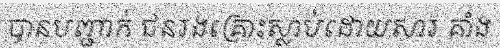
បានបញ្ជាក់ ជនរងគ្រោះស្លាប់ដោយសារ គាំង